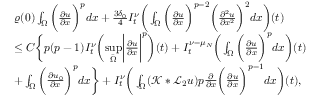
\begin{array} { r l } & { \varrho ( 0 ) \int _ { \Omega } \bigg ( \frac { \partial u } { \partial x } \bigg ) ^ { p } d x + \frac { 3 \delta _ { 0 } } { 4 } I _ { t } ^ { \nu } \bigg ( \int _ { \Omega } \bigg ( \frac { \partial u } { \partial x } \bigg ) ^ { p - 2 } \bigg ( \frac { \partial ^ { 2 } u } { \partial x ^ { 2 } } \bigg ) ^ { 2 } d x \bigg ) ( t ) } \\ & { \leq C \bigg \{ p ( p - 1 ) I _ { t } ^ { \nu } \bigg ( \underset { \bar { \Omega } } { \operatorname* { s u p } } \bigg | \frac { \partial u } { \partial x } \bigg | ^ { p } \bigg ) ( t ) + I _ { t } ^ { \nu - \mu _ { N } } \bigg ( \int _ { \Omega } \bigg ( \frac { \partial u } { \partial x } \bigg ) ^ { p } d x \bigg ) ( t ) } \\ & { + \int _ { \Omega } \bigg ( \frac { \partial u _ { 0 } } { \partial x } \bigg ) ^ { p } d x \bigg \} + I _ { t } ^ { \nu } \bigg ( \int _ { \Omega } ( \mathcal { K } * \mathcal { L } _ { 2 } u ) p \frac { \partial } { \partial x } \bigg ( \frac { \partial u } { \partial x } \bigg ) ^ { p - 1 } d x \bigg ) ( t ) , } \end{array}